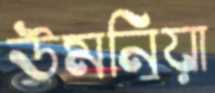
উমনিয়া